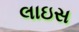
લાઇસ